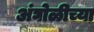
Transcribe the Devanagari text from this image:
अंघोळीच्या